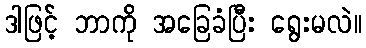
ဒါဖြင့် ဘာကို အခြေခံပြီး ရွေးမလဲ။